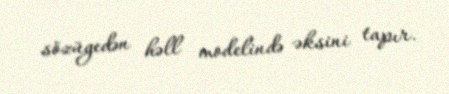
sözügedən həll modelində əksini tapır.